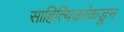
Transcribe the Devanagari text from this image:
साहित्यिकांकडून